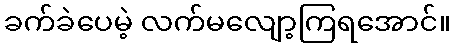
ခက်ခဲပေမဲ့ လက်မလျော့ကြရအောင်။